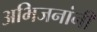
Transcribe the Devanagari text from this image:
अभिजनांनी